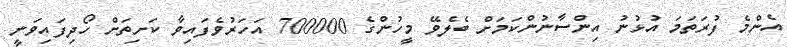
އެންމެ ފުރަތަމަ އުޅުނު އިންސާނުންކަމަށް ބެލެވޭ މީހުންގެ 700000 އަހަރުވެފައިވާ ކަށިތަށް ހޯދިފައިވަނީ